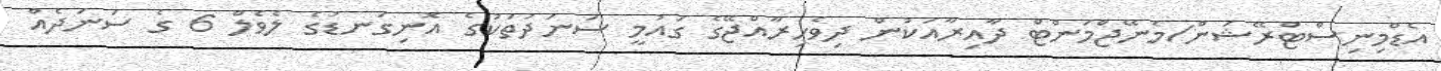
އެޑްމިނިސްޓްރޭޝަން/މެނޭޖްމަންޓް ދާއިރާއަކުން ދިވެހިރާއްޖޭގެ ގައުމީ ސަނަދުތަކުގެ އޮނިގަނޑުގެ ލެވެލް 6 ގެ ސަނަދެއް